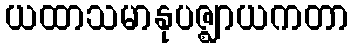
ယထာသမာနုပဇ္ဈာယကတာ